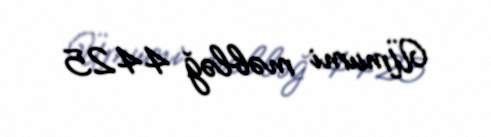
Ümumi məbləğ 4425